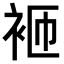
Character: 𬡋